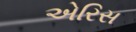
એરિસ